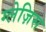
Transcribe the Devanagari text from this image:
ग्लेज़िस